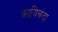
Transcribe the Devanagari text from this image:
कायिबंदा